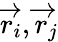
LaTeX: \overrightarrow{r}_{i},\overrightarrow{r}_{j}